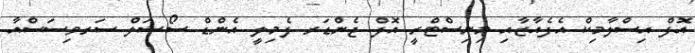
އޮފް އިސްލާމިކް އެފެއާޒާއި މިނިސްޓްރީ އޮފް ޖެންޑަރ ފެމިލީ އެންޑް ސޯޝަލް ސަރވިސަސްއާ